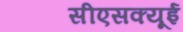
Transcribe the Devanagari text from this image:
सीएसक्यूई